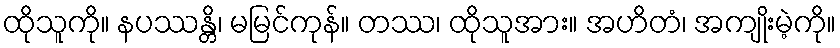
ထိုသူကို။ နပဿန္တိ၊ မမြင်ကုန်။ တဿ၊ ထိုသူအား။ အဟိတံ၊ အကျိုးမဲ့ကို။